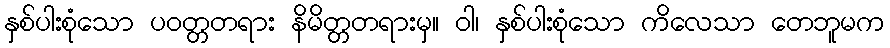
နှစ်ပါးစုံသော ပဝတ္တတရား နိမိတ္တတရားမှ။ ဝါ၊ နှစ်ပါးစုံသော ကိလေသာ တေဘူမက